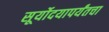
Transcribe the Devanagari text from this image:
सूर्योदयापर्यंतचा